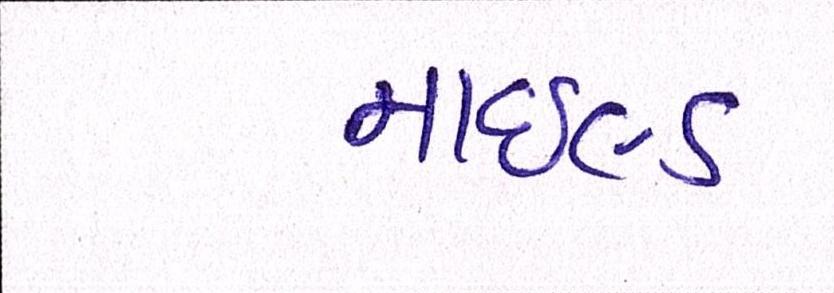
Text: માઇલ્ડ